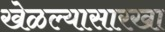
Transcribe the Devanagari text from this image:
खेळल्यासारखा